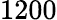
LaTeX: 1200